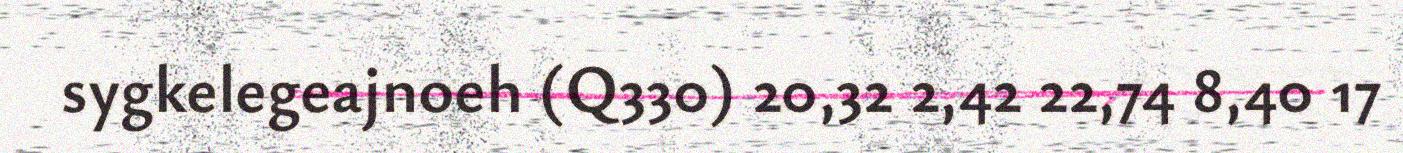
sygkelegeajnoeh (Q330) 20,32 2,42 22,74 8,40 17